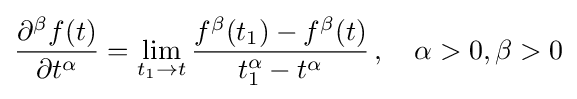
{\frac {\partial ^{\beta }f(t)}{\partial t^{\alpha }}}=\lim _{t_{1}\rightarrow t}{\frac {f^{\beta }(t_{1})-f^{\beta }(t)}{t_{1}^{\alpha }-t^{\alpha }}}\,,\quad \alpha >0,\beta >0